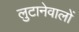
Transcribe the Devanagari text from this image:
लुटानेवालों